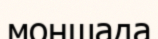
моншада